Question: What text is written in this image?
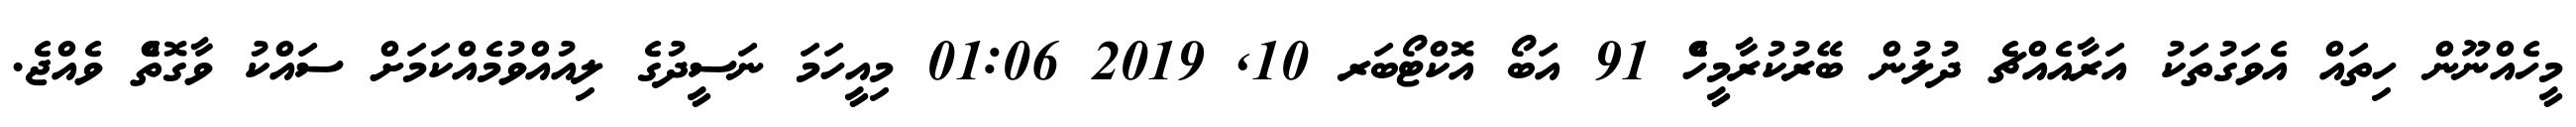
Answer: މީހެއްނޫން ހިތައް އެވަގުތަކު އަރާއެއްޗެ ދުލުން ބޭރުކުރާމީހެް 91 އަބޯ އޮކްޓޯބަރ 10, 2019 01:06 މިއީހަމަ ނަސީދުގެ ލިއުއްވުމެއްކަމަށް ސައްކު ވާގޮތެް ވެއްޖެ.